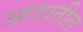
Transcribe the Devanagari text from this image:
आडातील